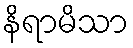
နိရာမိသာ